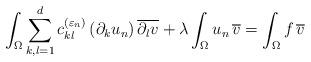
LaTeX: \begin{align*} \int_\Omega \sum_{k,l=1}^d c^{(\varepsilon_n)}_{kl} \, (\partial_k u_n) \, \overline{\partial_l v} + \lambda \int_\Omega u_n \, \overline v= \int_\Omega f \, \overline v\end{align*}